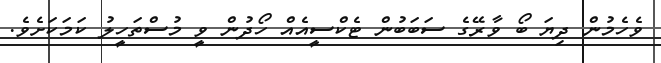
ވެހެމުން ދިޔަ ބޯ ވާރޭގެ ސަބަބުން ޓެކްސީއެއް ހޯދުން ވީ މުސްތަހީލު ކަމަކަށެވެ.